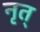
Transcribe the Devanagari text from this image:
नृत्